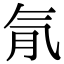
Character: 𣱙